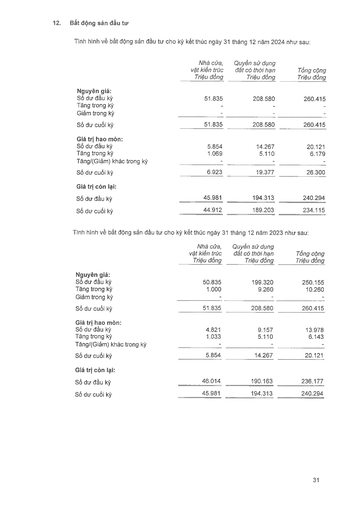
||Nhà cửa, vật kiến trúc (Triệu đồng)|Quyền sử dụng đất có thời hạn (Triệu đồng)|Tổng cộng (Triệu đồng)| |---|---|---|---| |Nguyên giá:|||| |Số dư đầu kỳ|51.835|208.580|260.415| |Tăng trong kỳ|-|-|-| |Giảm trong kỳ|-|-|-| |Số dư cuối kỳ|51.835|208.580|260.415| |Giá trị hao mòn:|||| |Số dư đầu kỳ|5.854|14.267|20.121| |Tăng trong kỳ|1.069|5.110|6.179| |Tăng/(Giảm) khác trong kỳ|1|-|-| |Số dư cuối kỳ|6.923|19.377|26.300| |Giá trị còn lại:|||| |Số dư đầu kỳ|45.981|194.313|240.294| |Số dư cuối kỳ|44.912|189.203|234.115| ||Nhà cửa, vật kiến trúc (Triệu đồng)|Quyền sử dụng đất có thời hạn (Triệu đồng)|Tổng cộng (Triệu đồng)| |---|---|---|---| |Nguyên giá:|||| |Số dư đầu kỳ|50.835|199.320|250.155| |Tăng trong kỳ|1.000|9.260|10.260| |Giảm trong kỳ|-|-|-| |Số dư cuối kỳ|51.835|208.580|260.415| |Giá trị hao mòn:|||| |Số dư đầu kỳ|4.821|9.157|13.978| |Tăng trong kỳ|1.033|5.110|6.143| |Tăng/(Giảm) khác trong kỳ|-|-|-| |Số dư cuối kỳ|5.854|14.267|20.121| |Giá trị còn lại:|||| |Số dư đầu kỳ|46.014|190.163|236.177| |Số dư cuối kỳ|45.981|194.313|240.294|